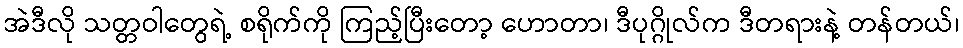
အဲဒီလို သတ္တဝါတွေရဲ့ စရိုက်ကို ကြည့်ပြီးတော့ ဟောတာ၊ ဒီပုဂ္ဂိုလ်က ဒီတရားနဲ့ တန်တယ်၊